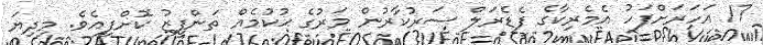
17 އަހަރަށްފަހު އެމެރިކާގެ ފެޑެރަލް ސަރުކާރުން މަރުގެ ޙުކުމެއް ތަންފީޒު ކޮށްފިއެވެ. މިދިޔަ